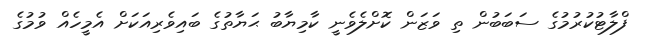
ފްލާޓުކުރުމުގެ ސަބަބުން ތި ވަޒަން ކޮށްލެވެނީ ކާމިޔާބު ޙަޔާތުގެ ބައިވެރިއަކަށް އެމީހެއް ވުމުގެ